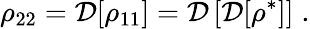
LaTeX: \rho_{22}=\mathcal{D}[\rho_{11}]=\mathcal{D}\left[\mathcal{D}[\rho^{*}]\right]\; .